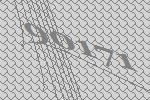
90171